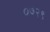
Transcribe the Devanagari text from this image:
०७२९